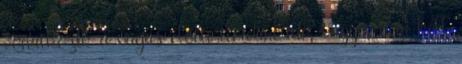
vonatkozik a vágás előtti türelmi idő, vagyis nem kell